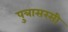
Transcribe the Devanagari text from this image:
पुत्रासरसी